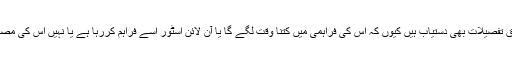
مصنوعات کی ترسیل سے متعلق تفصیلات بھی دستیاب ہیں کیوں کہ اس کی فراہمی میں کتنا وقت لگے گا یا آن لائن اسٹور اسے فراہم کررہا ہے یا نہیں اس کی مصنوعات کی تفصیل میں ذکر ہے۔